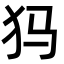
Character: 犸